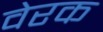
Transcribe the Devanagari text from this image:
वेरक